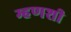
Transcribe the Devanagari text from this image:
म्हणशी